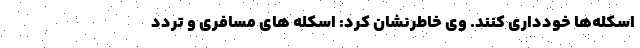
اسکله‌ها خودداری کنند. وی خاطرنشان کرد: اسکله های‌ مسافری و تردد